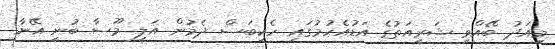
މިއަދު ބޭއްވި ޝަރީއަތުގެ އަޑުއެހުމުގައި ހެކިބަސް ދެމުން އަލީ މޫސާ ބުނީ އޭނާ